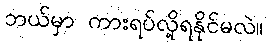
ဘယ်မှာ ကားရပ်လို့ရနိုင်မလဲ။